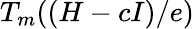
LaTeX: T_{m}((H-cI)/e)